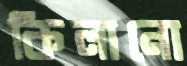
কিলানো